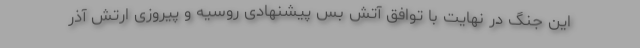
این جنگ در نهایت با توافق آتش بس پیشنهادی روسیه و پیروزی ارتش آذر